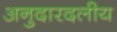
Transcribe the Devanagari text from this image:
अनुदारदलीय